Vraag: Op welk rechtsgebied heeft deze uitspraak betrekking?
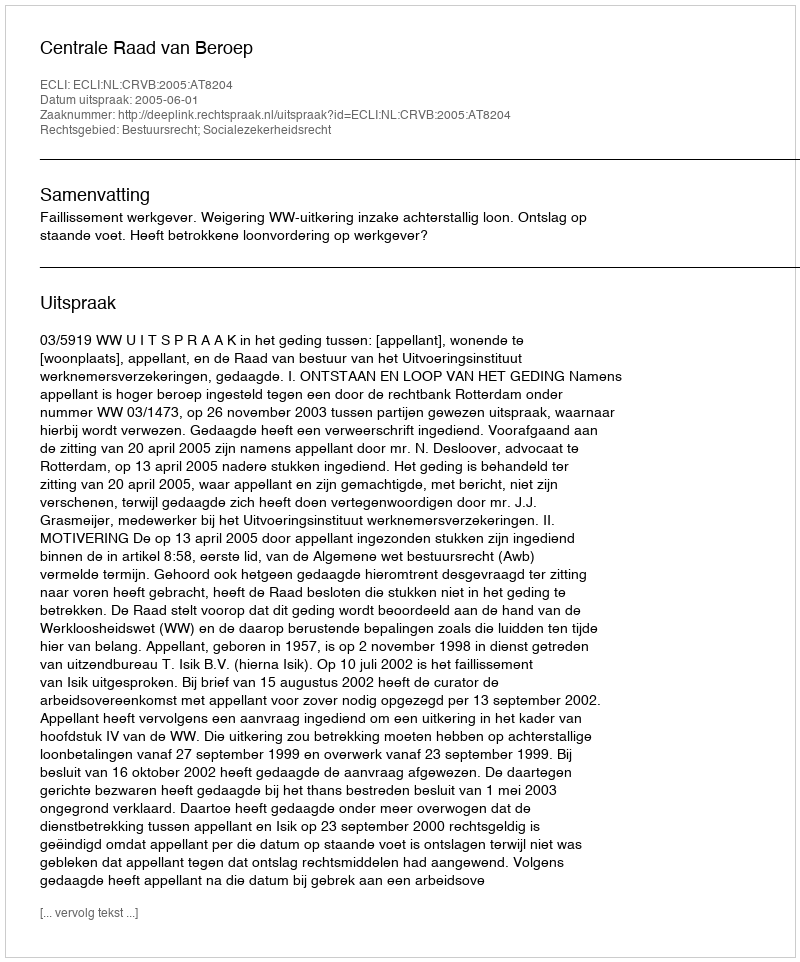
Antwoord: Bestuursrecht; Socialezekerheidsrecht